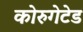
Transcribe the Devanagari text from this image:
कोरुगेटेड